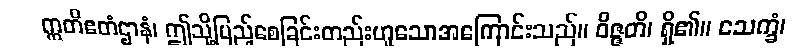
ဣတိဧတံဌာနံ၊ ဤသို့ပြည့်စေခြင်းတည်းဟူသောအကြောင်းသည်။ ဝိဇ္ဇတိ၊ ရှိ၏။ သေက္ခံ၊